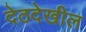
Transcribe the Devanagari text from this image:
देठदेखील